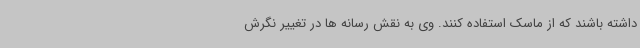
داشته باشند که از ماسک استفاده کنند. وی به نقش رسانه ها در تغییر نگرش